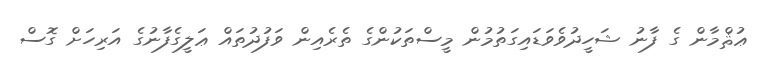
ޢުޘްމާން ގެ ފާނު ޝަހީދުވެވަޑައިގަތުމުން މީސްތަކުންގެ ތެރެއިން ވަފުދުތައް ޢަލީގެފާނުގެ އަރިހަށް ގޮސް